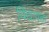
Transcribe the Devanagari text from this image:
विद्यावतां